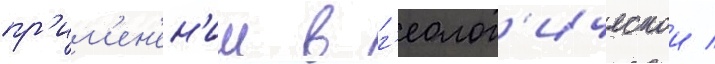
пр'им'ен'ен'ии в г'еолог'ическои /